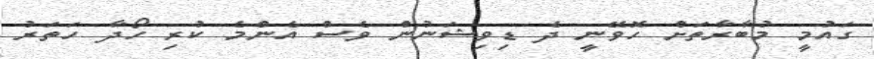
ގައުމީ މުބާރާތަށް ހޮވޭނީ ދެ ޑިވިޝަނުން ވެސް އެންމެ ކުރި ހޯދާ ހަތަރު